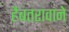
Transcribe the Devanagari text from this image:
हैबतरावाने